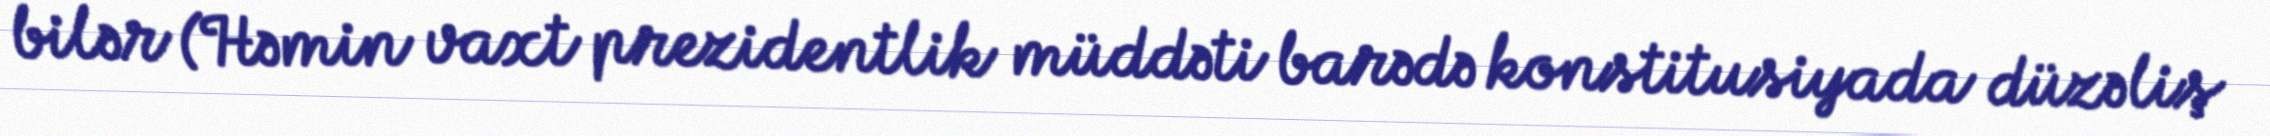
bilər (Həmin vaxt prezidentlik müddəti barədə konstitusiyada düzəliş